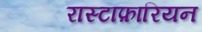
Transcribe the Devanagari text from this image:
रास्टाफ़ारियन